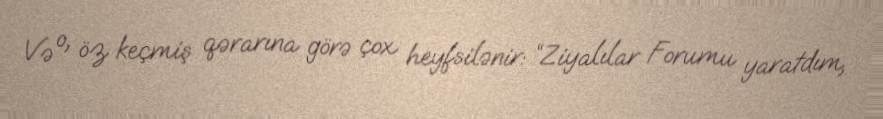
Və o, öz keçmiş qərarına görə çox heyfsilənir: “Ziyalılar Forumu yaratdım,